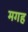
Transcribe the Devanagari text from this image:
मगह